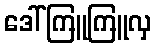
ဒေါ်ကြူကြူလှ